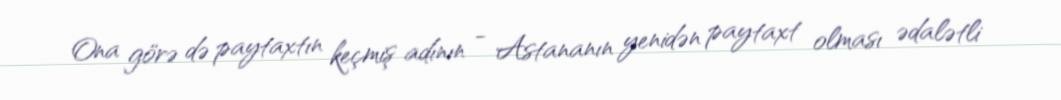
Ona görə də paytaxtın keçmiş adının - Astananın yenidən paytaxt olması ədalətli